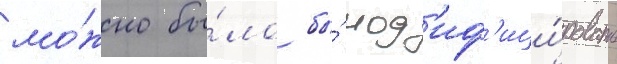
мо́жно бы́ло бы́ мод'иф'ици́ровать